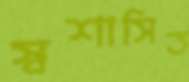
স্বশাসিত